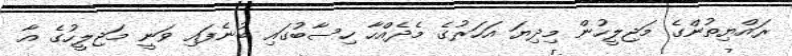
ރައްޔިތުންގެ މަޖިލީހުން މިދިޔަ އަހަރުގެ މެދެއްހާ ހިސާބުގައި ބުނެފައި ވަނީ މަޖިލީހުގެ އާ